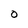
Character: O